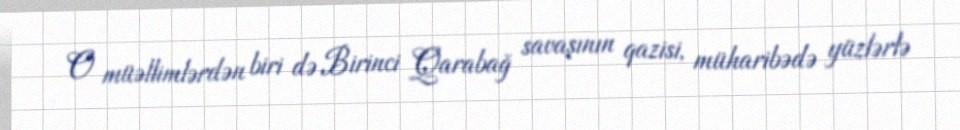
O müəllimlərdən biri də Birinci Qarabağ savaşının qazisi, müharibədə yüzlərlə